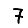
Digit: 7